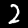
Digit: 2